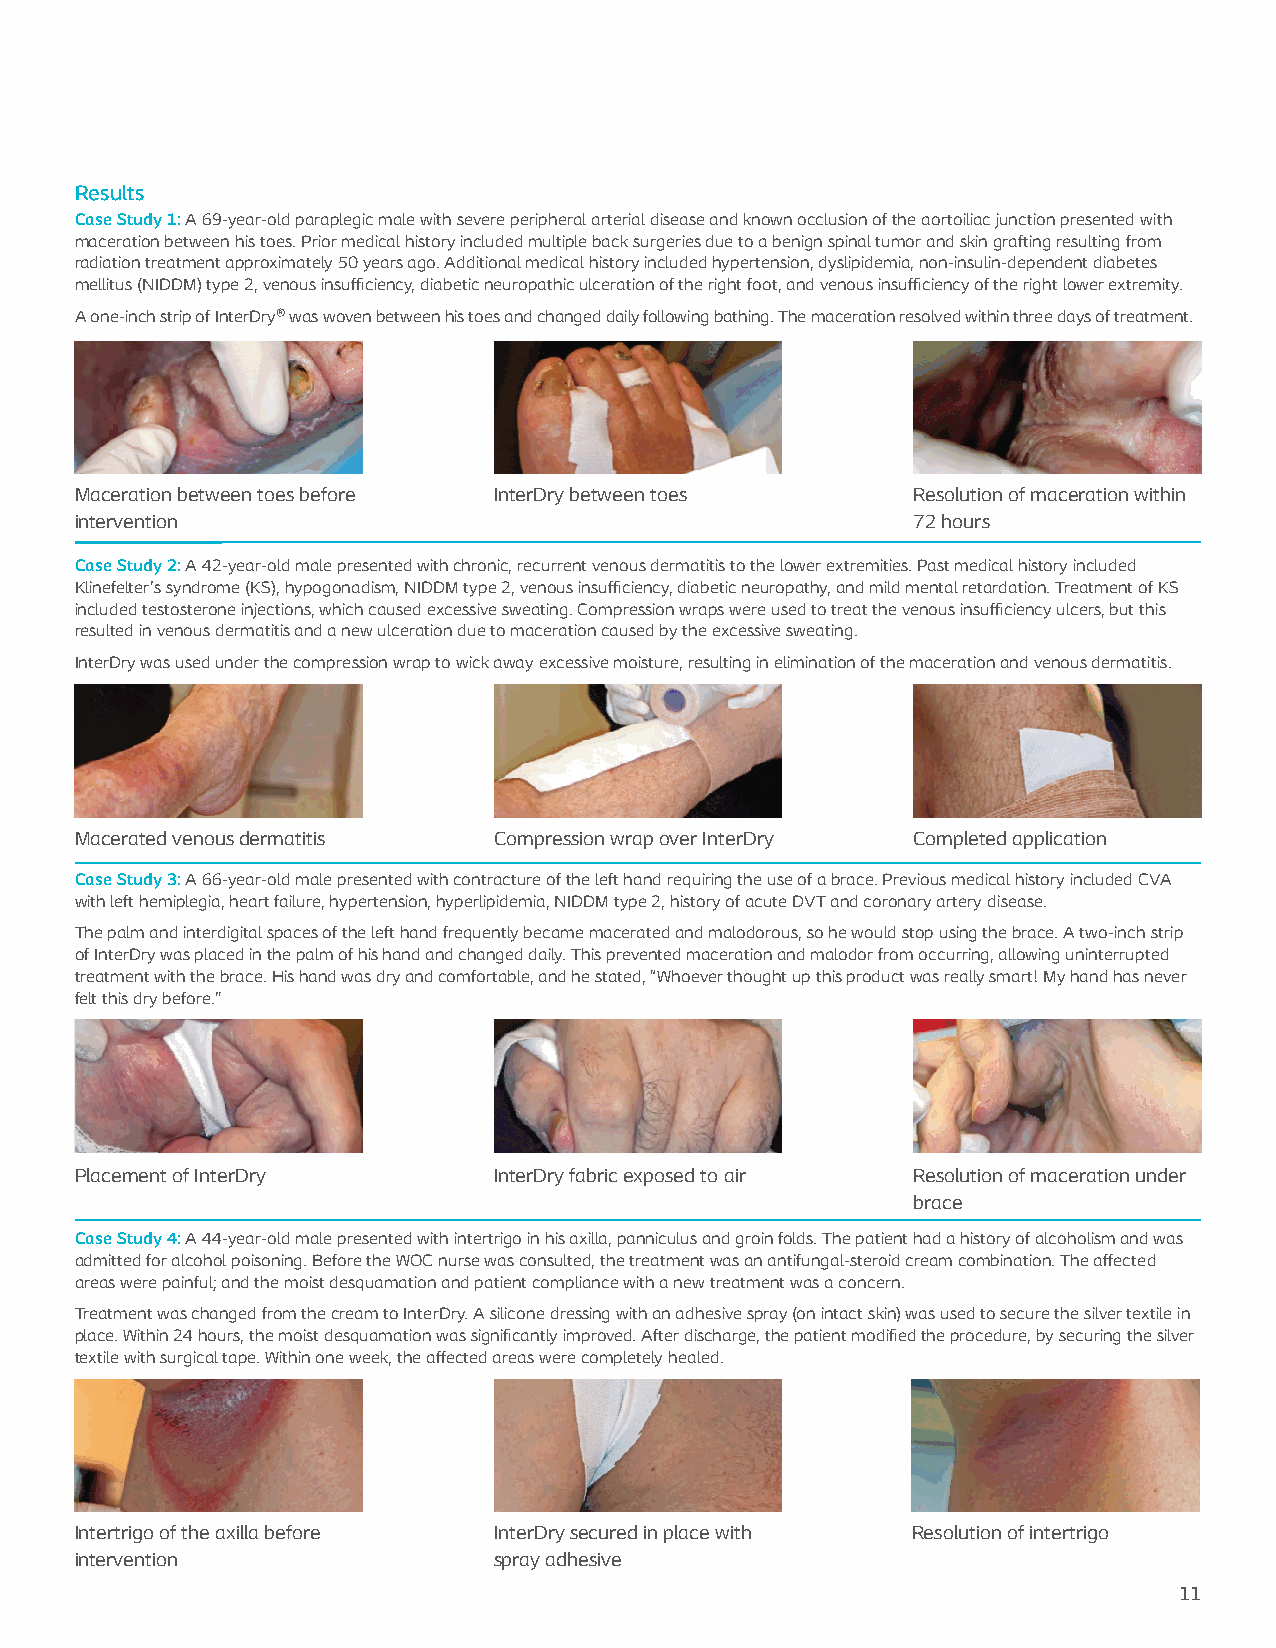
Results
 Case Study 1: A 69-year-old paraplegic male with severe peripheral arterial disease and known occlusion of the aortoiliac junction presented with
 maceration between his toes. Prior medical history included multiple back surgeries due to a benign spinal tumor and skin grafting resulting from
 radiation treatment approximately 50 years ago. Additional medical history included hypertension, dyslipidemia, non-insulin-dependent diabetes
 mellitus (NIDDM) type 2, venous insufficiency, diabetic neuropathic ulceration of the right foot, and venous insufficiency of the right lower extremity.
 A one-inch strip of InterDry® was woven between his toes and changed daily following bathing. The maceration resolved within three days of treatment.
 Maceration between toes before InterDry between toes   Resolution of maceration within
 intervention                                           72 hours
 Case Study 2: A 42-year-old male presented with chronic, recurrent venous dermatitis to the lower extremities. Past medical history included
 Klinefelter’s syndrome (KS), hypogonadism, NIDDM type 2, venous insufficiency, diabetic neuropathy, and mild mental retardation. Treatment of KS
 included testosterone injections, which caused excessive sweating. Compression wraps were used to treat the venous insufficiency ulcers, but this
 resulted in venous dermatitis and a new ulceration due to maceration caused by the excessive sweating.
 InterDry was used under the compression wrap to wick away excessive moisture, resulting in elimination of the maceration and venous dermatitis.
 Macerated venous dermatitis Compression wrap over InterDry Completed application
 Case Study 3: A 66-year-old male presented with contracture of the left hand requiring the use of a brace. Previous medical history included CVA
 with left hemiplegia, heart failure, hypertension, hyperlipidemia, NIDDM type 2, history of acute DVT and coronary artery disease.
 The palm and interdigital spaces of the left hand frequently became macerated and malodorous, so he would stop using the brace. A two-inch strip
 of InterDry was placed in the palm of his hand and changed daily. This prevented maceration and malodor from occurring, allowing uninterrupted
 treatment with the brace. His hand was dry and comfortable, and he stated, “Whoever thought up this product was really smart! My hand has never
 felt this dry before.”
 Placement of InterDry       InterDry fabric exposed to air Resolution of maceration under
 brace
 Case Study 4: A 44-year-old male presented with intertrigo in his axilla, panniculus and groin folds. The patient had a history of alcoholism and was
 admitted for alcohol poisoning. Before the WOC nurse was consulted, the treatment was an antifungal-steroid cream combination. The affected
 areas were painful; and the moist desquamation and patient compliance with a new treatment was a concern.
 Treatment was changed from the cream to InterDry. A silicone dressing with an adhesive spray (on intact skin) was used to secure the silver textile in
 place. Within 24 hours, the moist desquamation was significantly improved. After discharge, the patient modified the procedure, by securing the silver
 textile with surgical tape. Within one week, the affected areas were completely healed.
 Intertrigo of the axilla before InterDry secured in place with Resolution of intertrigo
 intervention                spray adhesive
 11